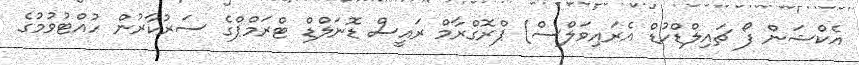
އެކްޝަން ފޯ ޗައިލްޑްހުޑް އެރައިވަލްސް) ޕްރޮގްރާމް ރައީސް ޑޮނަލްޑް ޓްރަމްޕްގެ ސަރުކާރުން ހުއްޓުވުމުގެ